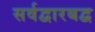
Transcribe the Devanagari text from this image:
सर्वद्वारबद्व